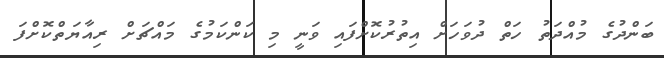
ބަންދުގެ މުއްދަތު ހަތް ދުވަހަށް އިތުރުކޮށްފައި ވަނީ މި ކަންކަމުގެ މައްޗަށް ރިއާޔަތްކޮށްފަ